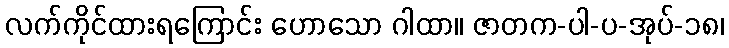
လက်ကိုင်ထားရကြောင်း ဟောသော ဂါထာ။ ဇာတက-ပါ-ပ-အုပ်-၁၈၊